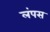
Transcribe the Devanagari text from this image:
लंपस